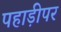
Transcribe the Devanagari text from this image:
पहाड़ीपर